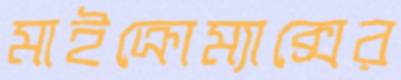
মাইক্রোম্যাক্সের